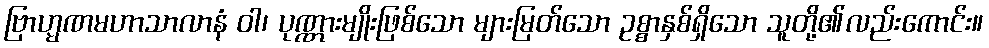
ဗြာဟ္မဏမဟာသာလာနံ ဝါ၊ ပုဏ္ဏားမျိုးဖြစ်သော များမြတ်သော ဥစ္စာနှစ်ရှိသော သူတို့၏လည်းကောင်း။